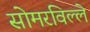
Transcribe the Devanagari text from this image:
सोमरविल्ले